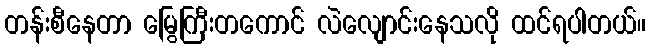
တန်းစီနေတာ မြွေကြီးတကောင် လဲလျောင်းနေသလို ထင်ရပါတယ်။